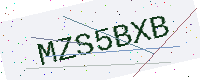
Text: MZS5BXB